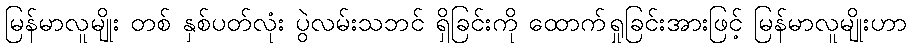
မြန်မာလူမျိုး တစ် နှစ်ပတ်လုံး ပွဲလမ်းသဘင် ရှိခြင်းကို ထောက်ရှုခြင်းအားဖြင့် မြန်မာလူမျိုးဟာ